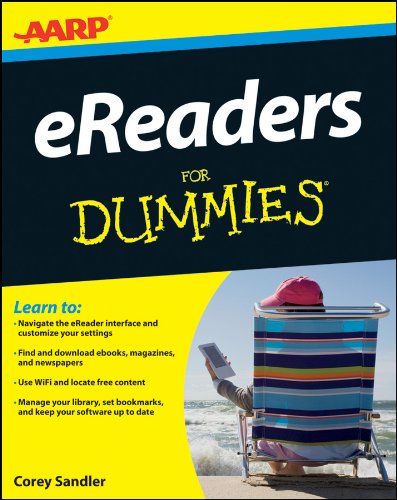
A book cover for AARP eReaders For Dummies; Corey Sandler; Computers & Technology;